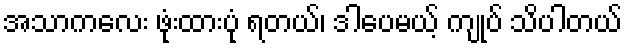
အသာကလေး ဖုံးထားပုံ ရတယ်၊ ဒါပေမယ့် ကျုပ် သိပါတယ်